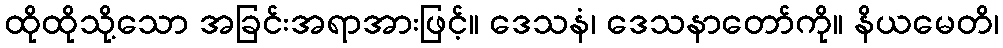
ထိုထိုသို့သော အခြင်းအရာအားဖြင့်။ ဒေသနံ၊ ဒေသနာတော်ကို။ နိယမေတိ၊